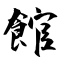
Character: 館